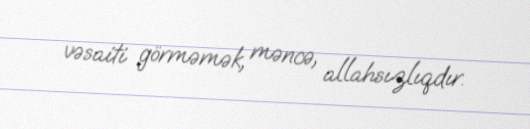
vəsaiti görməmək, məncə, allahsızlıqdır.